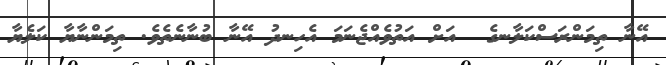
އޭނާ ތިމަންރަސްކަލާނގެ  އަށް އަތުވެއްޖެނަމަ އެހިނދު އޭނާ ބުނާނެތެވެ. ތިމަންނާޔާ ކަލެޔާ